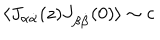
\langle J _ { \alpha \dot { \alpha } } ( z ) J _ { \beta \dot { \beta } } ( 0 ) \rangle \sim { c }